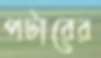
পটারের